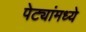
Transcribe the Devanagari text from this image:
पेट्यांमध्ये